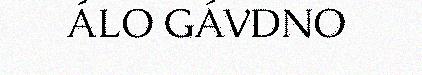
ÁLO GÁVDNO